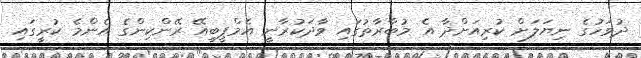
ދުވަހުގެ ނިޔަލަށް ކުރިއަށްދާ އެ މުބާރާތުގައި ވާދަކުރާނީ އެމްޕީބީއޭ ރޭންކިންގެ އެންމެ ކުރީގައި